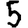
Digit: 5